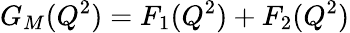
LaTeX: G_{M}(Q^{2})=F_{1}(Q^{2})+F_{2}(Q^{2})